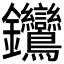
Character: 𨰽